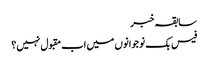
سابقہ خبر
فیس بک نوجوانوں میں اب مقبول نہیں؟